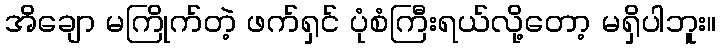
အိချော မကြိုက်တဲ့ ဖက်ရှင် ပုံစံကြီးရယ်လို့တော့ မရှိပါဘူး။